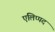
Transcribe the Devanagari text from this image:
एलिप्पद